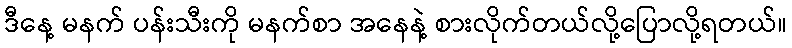
ဒီနေ့ မနက် ပန်းသီးကို မနက်စာ အနေနဲ့ စားလိုက်တယ်လို့ပြောလို့ရတယ်။